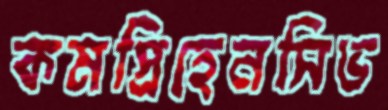
কমপ্রিহেনসিভ